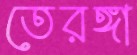
তেরঙ্গা